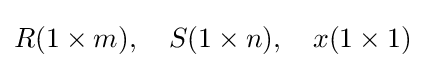
R(1\times m),\quad S(1\times n),\quad x(1\times 1)